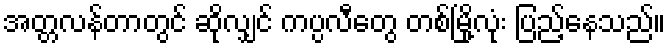
အတ္တလန်တာတွင် ဆိုလျှင် ကပ္ပလီတွေ တစ်မြို့လုံး ပြည့်နေသည်။